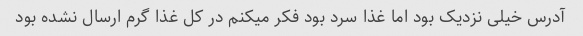
آدرس خیلی نزدیک بود اما غذا سرد بود فکر میکنم در کل غذا گرم ارسال نشده بود